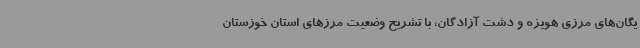
یگان‌های مرزی هویزه و دشت آزادگان، با تشریح وضعیت مرزهای استان خوزستان